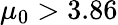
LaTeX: \mu_{0}>3.86